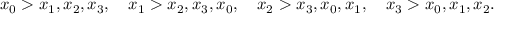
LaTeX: x _ { 0 } > x _ { 1 } , x _ { 2 } , x _ { 3 } , \quad x _ { 1 } > x _ { 2 } , x _ { 3 } , x _ { 0 } , \quad x _ { 2 } > x _ { 3 } , x _ { 0 } , x _ { 1 } , \quad x _ { 3 } > x _ { 0 } , x _ { 1 } , x _ { 2 } .